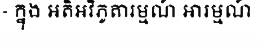
- ក្នុង អតិអវិភូតារម្មណ៍ អារម្មណ៍